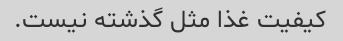
کیفیت غذا مثل گذشته نیست.